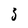
Character: 3